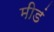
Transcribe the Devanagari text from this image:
मीडं